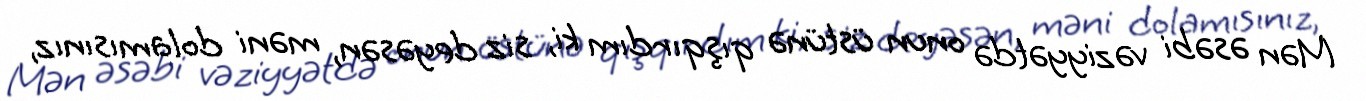
Mən əsəbi vəziyyətdə onun üstünə qışqırdım ki, siz deyəsən, məni dolamısınız,